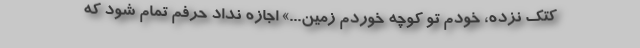
کتک نزده، خودم تو کوچه خوردم زمین...» اجازه نداد حرفم تمام شود که